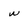
Character: w